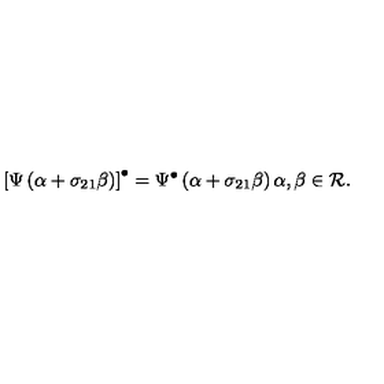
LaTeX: \left[ \Psi \left( \alpha + \sigma _ { 2 1 } \beta \right) \right] ^ { \bullet } = \Psi ^ { \bullet } \left( \alpha + \sigma _ { 2 1 } \beta \right) \alpha , \beta \in { \cal R } .